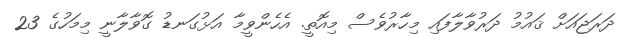
ދަރަޖައަށް ޤައުމު ދަރުވާލާފައި މިހާރުވެސް މިއޮތީ. އެހެންވީމާ އަޅުގަނޑު ގޮވާލާނީ މިމަހުގެ 23